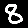
Digit: 8